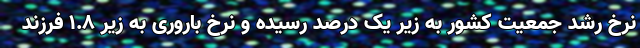
نرخ رشد جمعیت کشور به زیر یک درصد رسیده و نرخ باروری به زیر 1.8 فرزند